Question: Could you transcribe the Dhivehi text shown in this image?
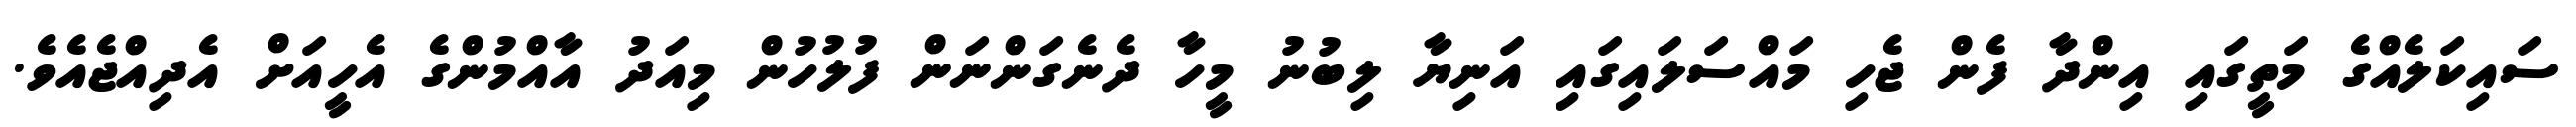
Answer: ސައިކަލެއްގެ މަތީގައި އިންދާ ފެން ޖެހި މައްސަލައިގައި އަނިޔާ ލިބުނު މީހާ ދެނެގަންނަން ފުލުހުން މިއަދު އާއްމުންގެ އެހީއަށް އެދިއްޖެއެވެ.